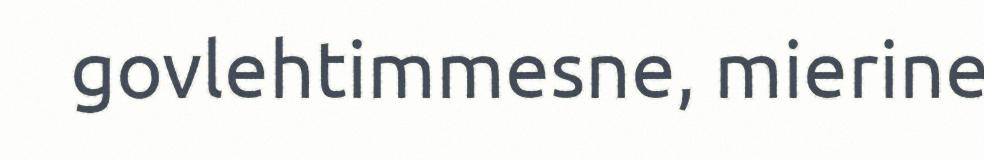
govlehtimmesne, mierine